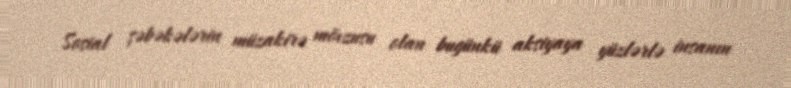
Sosial şəbəkələrin müzakirə mövzusu olan bugünkü aksiyaya yüzlərlə insanın